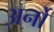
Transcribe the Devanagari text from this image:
अर्नो